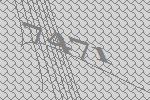
7471